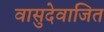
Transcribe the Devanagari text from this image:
वासुदेवाजित